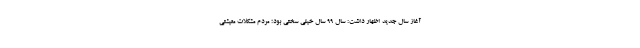
آغاز سال جدید اظهار داشت: سال 99 سال خیلی سختی بود؛ مردم مشکلات معیشتی